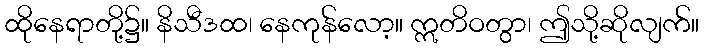
ထိုနေရာတို့၌။ နိသီဒထ၊ နေကုန်လော့။ ဣတိဝတွာ၊ ဤသို့ဆိုလျက်။